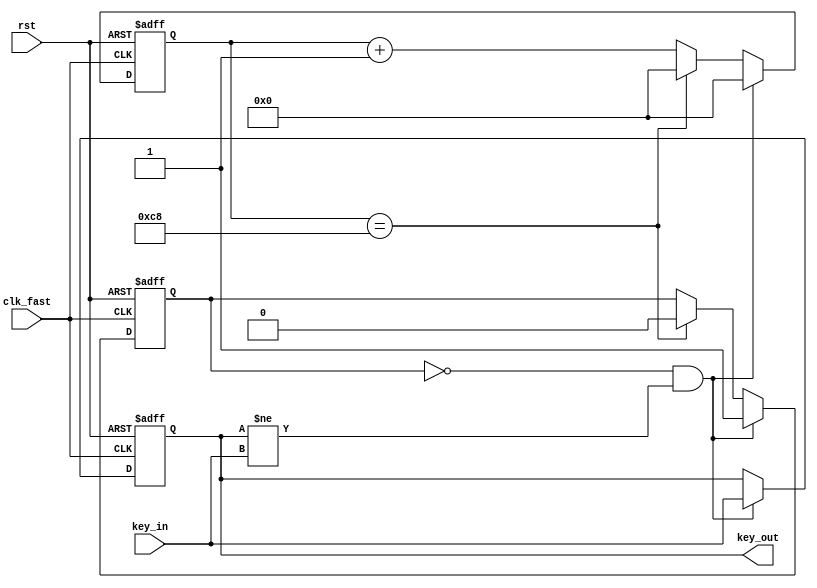
`timescale 1ns / 1ps

module debounce(
    input clk_fast,
    input rst,
    input key_in,
    output reg key_out
    );

    reg change;
    reg [7:0] cnt;

    always @ (posedge clk_fast or posedge rst)begin
        if(rst) begin 
            change <= 0;
            cnt <= 0;
            key_out <= 0;
        end
        else begin
            if(cnt == 200) begin  
                cnt <= 0;
                change <= 0;
            end else begin
                cnt <= cnt + 1;
            end
            if(change == 0 && key_out != key_in)begin
                key_out <= key_in;
                change <= 1;
                cnt <= 0;
            end
        end
    end
endmodule